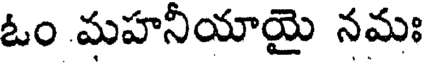
ఓం మహనీయాయై నమః